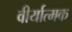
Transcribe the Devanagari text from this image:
वीर्यात्मक